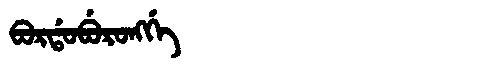
Manchu: ᠪᠣᡵᡩᠣᠪᡠᡵᠣᠩᡤᡝ
Romanization: BORDOBURONGGE